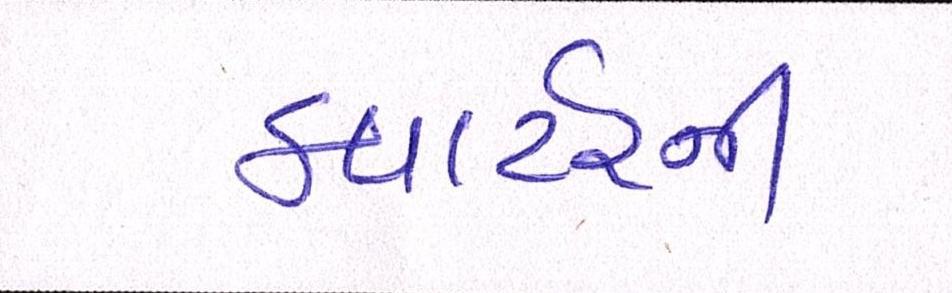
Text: ક્વાર્ટરની